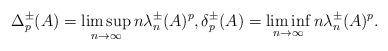
LaTeX: \begin{align*}\Delta_p^\pm(A)=\limsup_{n\to\infty} n\lambda_n^\pm(A)^p,\delta_p^\pm(A)=\liminf_{n\to\infty} n\lambda_n^\pm(A)^p.\end{align*}